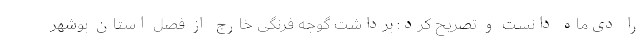
را دی‌ماه دانست و تصریح کرد: برداشت گوجه فرنگی خارج از فصل استان بوشهر